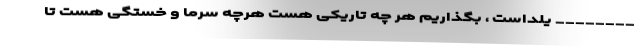
________ یلداست ، بگذاریم هر چه تاریکی هست هرچه سرما و خستگی هست تا